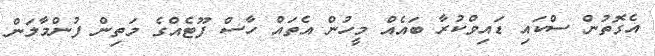
އެގޮތުން ސްކައި ޑައިވްކުރާ ބައެއް މީހުން އެތައް ހާސް ފޫޓެއްގެ މަތިން ފުންމާލަން